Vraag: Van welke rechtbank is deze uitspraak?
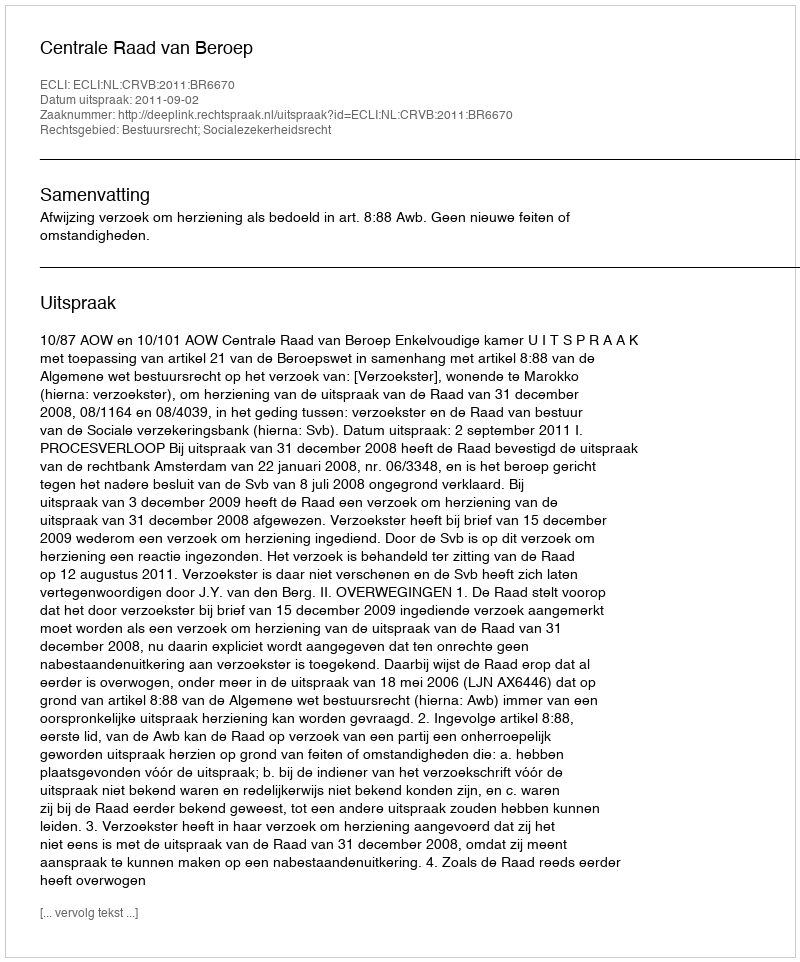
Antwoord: Centrale Raad van Beroep